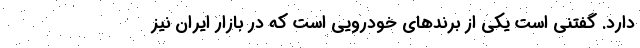
دارد. گفتنی است یکی از برندهای خودرویی است که در بازار ایران نیز